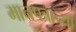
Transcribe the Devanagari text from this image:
मानपत्राच्या